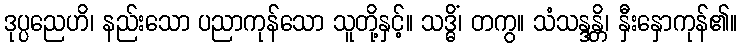
ဒုပ္ပညေဟိ၊ နည်းသော ပညာကုန်သော သူတို့နှင့်။ သဒ္ဓိံ၊ တကွ။ သံသန္ဒန္တိ၊ နှီးနှောကုန်၏။